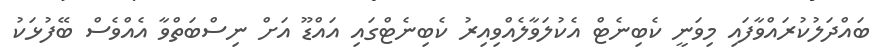
ބައްދަލުކުރައްވާފައި މިވަނީ ކެބިނެޓް އެކުލަވާލެއްވިއިރު ކެބިނެޓްގައި އައްޑޫ އަށް ނިސްބަތްވާ އެއްވެސް ބޭފުޅަކު